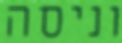
וניסה